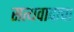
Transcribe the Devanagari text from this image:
सत्यवादाचा